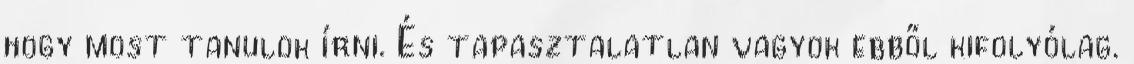
hogy most tanulok írni. És tapasztalatlan vagyok ebből kifolyólag.